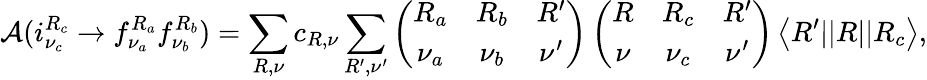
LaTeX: {\cal A}(i_{\nu_{c}}^{R_{c}}\rightarrow f_{\nu_{a}}^{R_{a}}f_{\nu_{b}}^{R_{b}})=\sum_{R,\nu}c_{R,\nu}\sum_{R^{\prime},\nu^{\prime}}\left(\begin{array}{ccc}{{R_{a}}}&{{R_{b}}}&{{R^{\prime}}}\\ {{\nu_{a}}}&{{\nu_{b}}}&{{\nu^{\prime}}}\end{array}\right)\left(\begin{array}{ccc}{{R}}&{{R_{c}}}&{{R^{\prime}}}\\ {{\nu}}&{{\nu_{c}}}&{{\nu^{\prime}}}\end{array}\right)\left<R^{\prime}||R||R_{c}\right>,